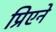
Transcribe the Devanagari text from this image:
प्रिएने